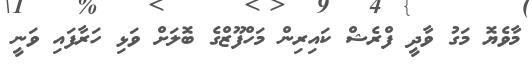
މާވެޔޮ މަގު ވާދީ ފްރެޝް ކައިރިން މަހްފޫޒްގެ ބޮލަށް ވަޅި ހަރާފައި ވަނީ